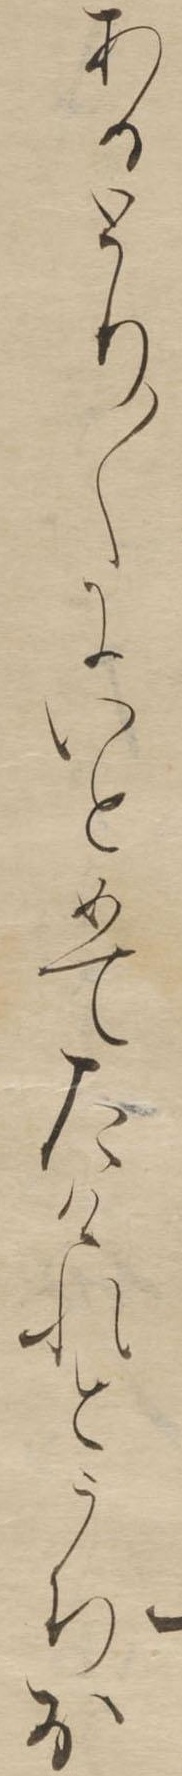
あるとり〱にいとめてたけれとうちお